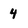
Character: 4